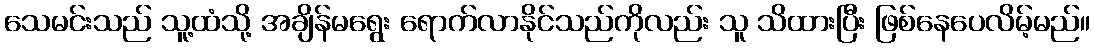
သေမင်းသည် သူ့ထံသို့ အချိန်မရွေး ရောက်လာနိုင်သည်ကိုလည်း သူ သိထားပြီး ဖြစ်နေပေလိမ့်မည်။